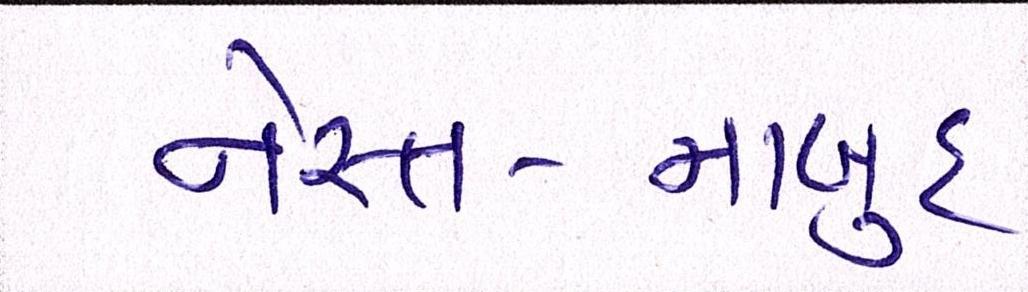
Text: નેસ્ત-નાબુદ